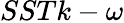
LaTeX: SSTk-\omega